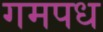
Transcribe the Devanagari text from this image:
गमपध